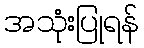
အသုံးပြုရန်